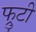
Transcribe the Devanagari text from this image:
फ्रुटी